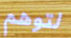
لتوهم